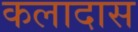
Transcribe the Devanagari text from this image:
कलादास